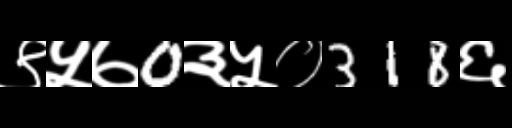
Text: ९५७0३५०318६